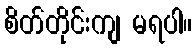
စိတ်တိုင်းကျ မရပါ။